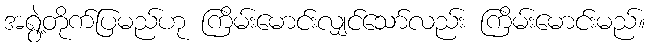
အရွဲ့တိုက်ပြမည်ဟု ကြိမ်းမောင်းလျှင်သော်လည်း ကြိမ်းမောင်းမည်။